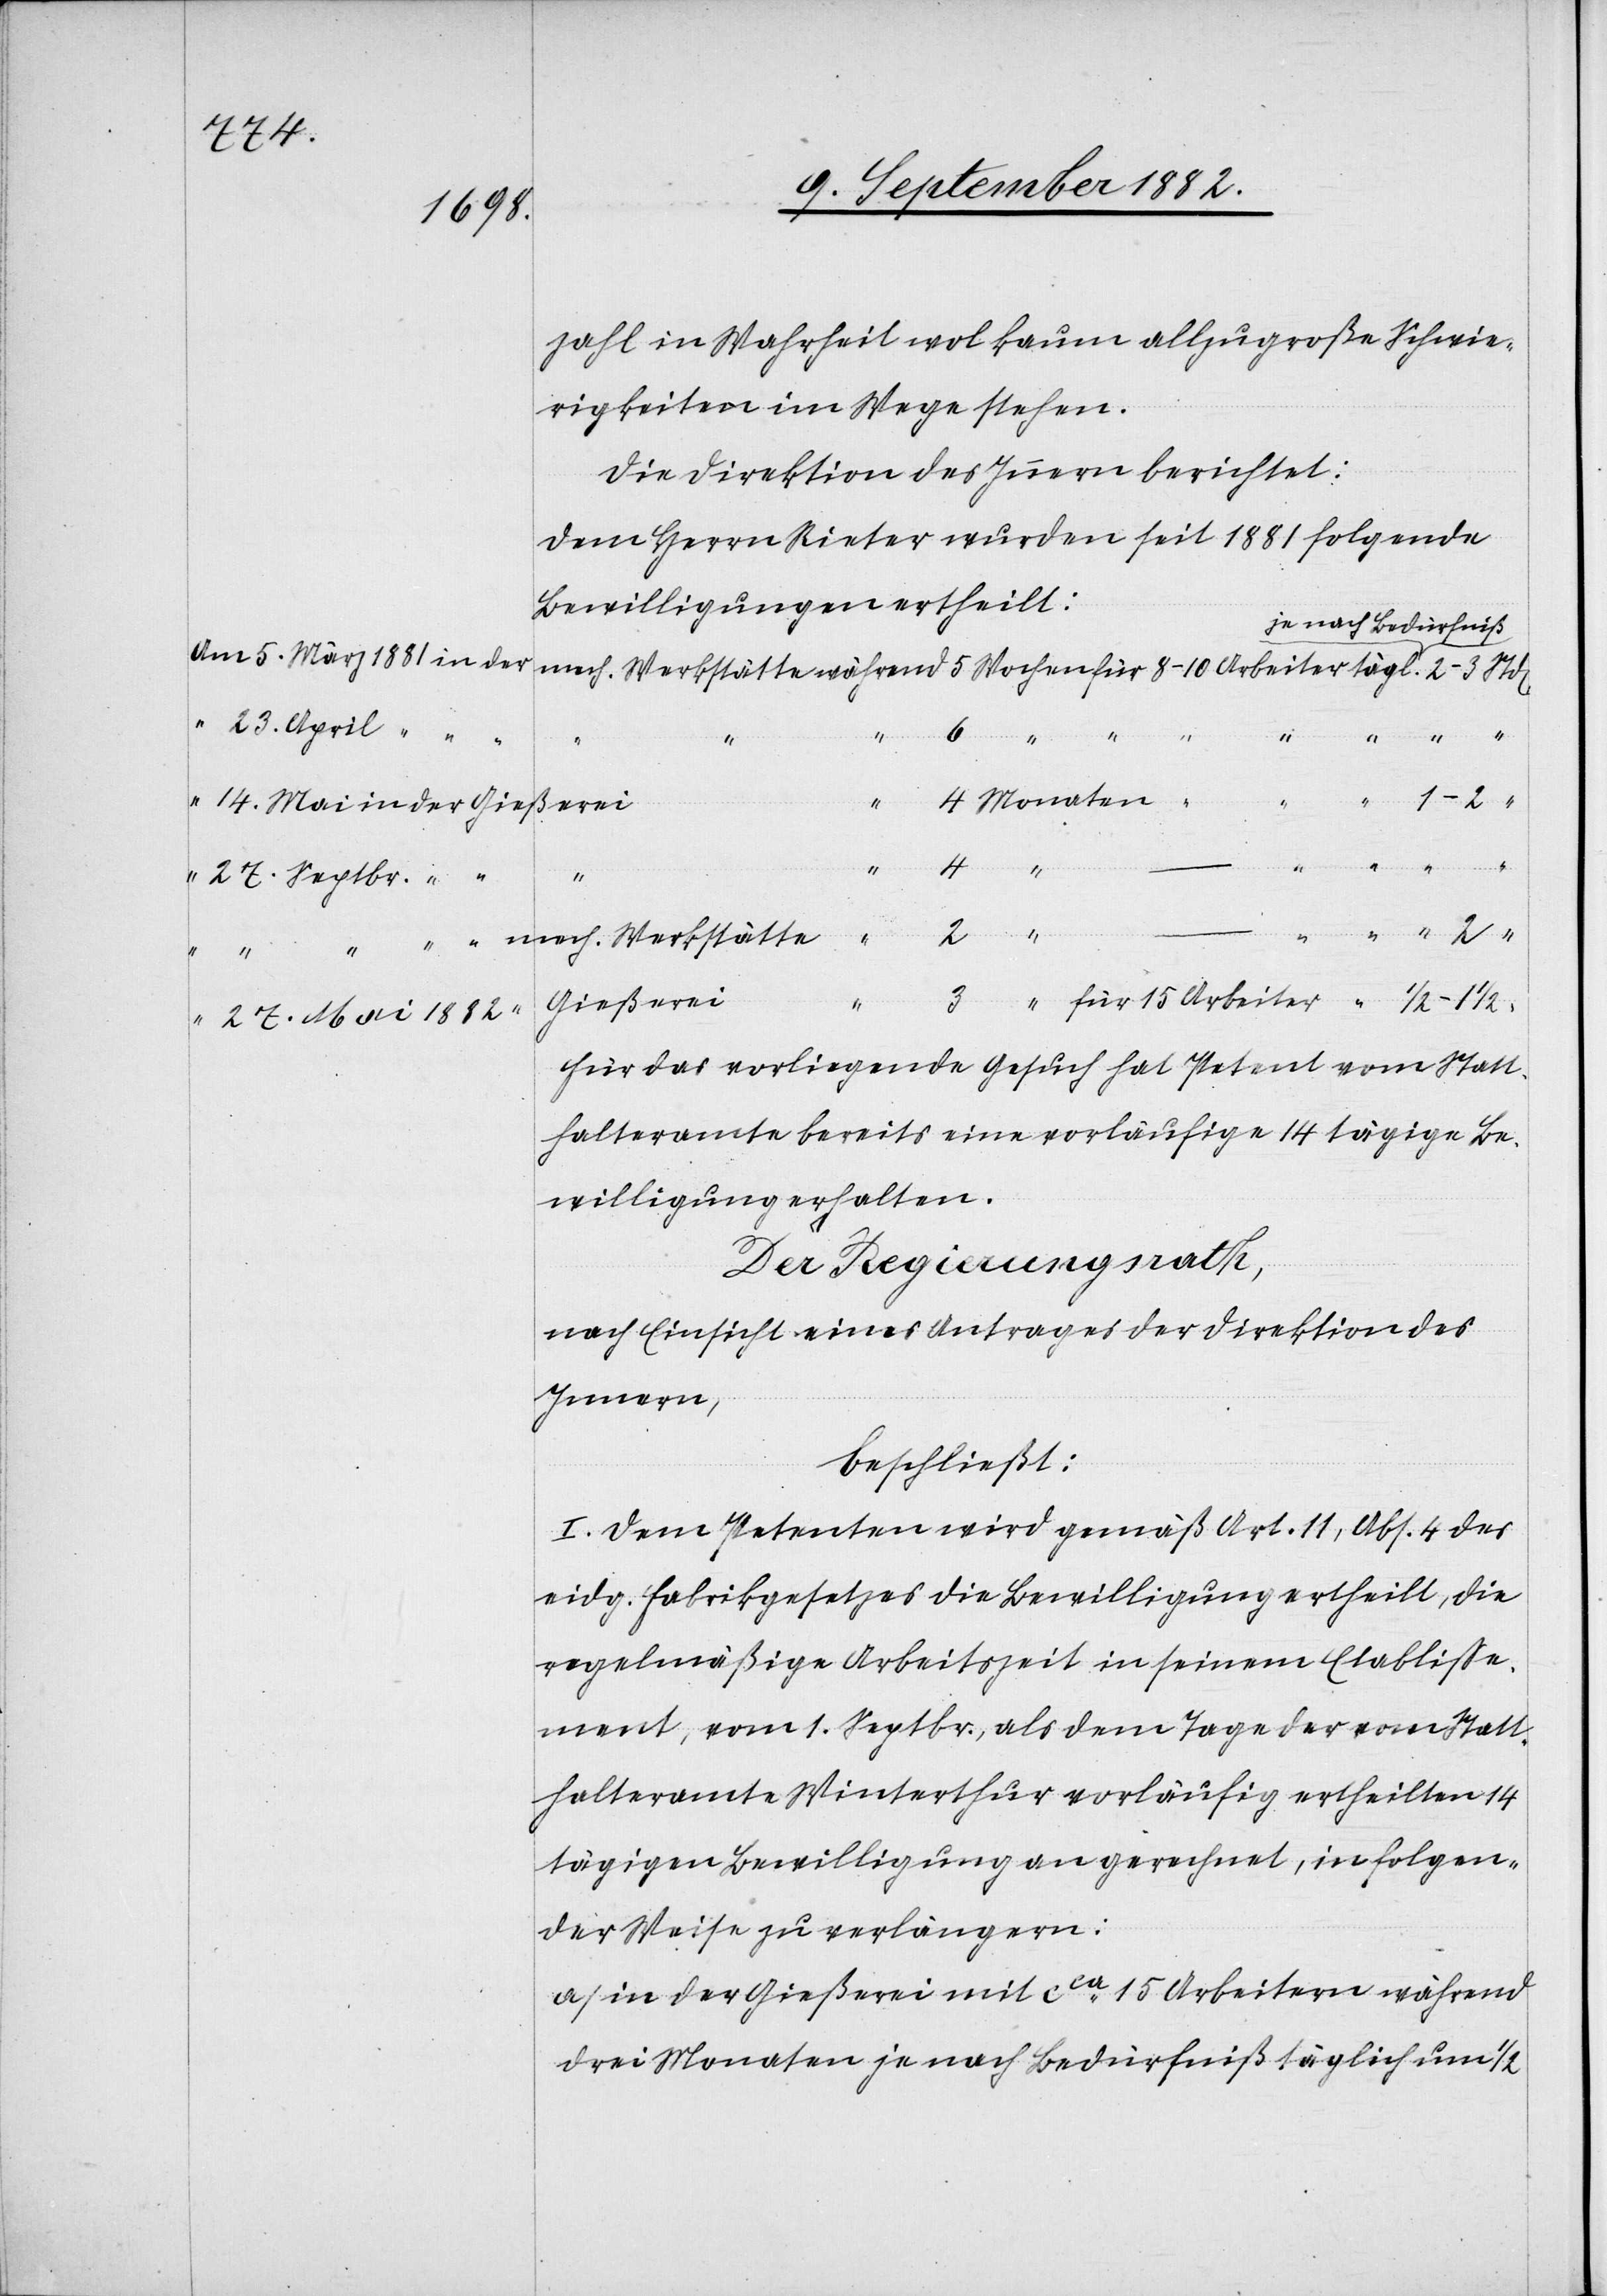
5.
1882
zahl in Wahrheit wol kaum allzugroße Schwie¬
rigkeiten im Wege stehen.
Die Direktion des Innern berichtet:
Dem Herrn Rieter wurden seit 1881 folgende
Bewilligungen ertheilt:
je nach Bedürf-niß
23. April
der
6
“
3
27. Septbr.
Arbeiter
1/2
“
Gießerei
4
für das vorliegende Gesuch hat Petent vom Statt¬
halteramt bereits eine vorläufige 14 tägige Be¬
willigung erhalten.
Der Regierungsrath,
nach Einsicht eines Antrages der Direktion des
Innern,
beschließt:
I. Dem Petenten wird gemäß Art. 11, Abs. 4 des
eidg. Fabrikgesetzes die Bewilligung ertheilt, die
regelmäßige Arbeitszeit in seinem Etablisse¬
ment, vom 1. Septbr., als dem Tage der vom Statt¬
halteramte Winterthur vorläufig ertheilten 14
tägigen Bewilligung an gerechnet, in folgen¬
der Weise zu verlängern:
a) in der Gießerei mit ca 15 Arbeitern während
drei Monaten je nach Bedürfniß täglich um 1/2